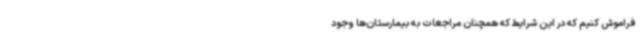
فراموش کنیم که در این شرایط که همچنان مراجعات به بیمارستان‌ها وجود